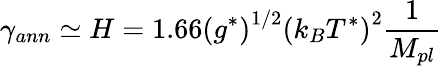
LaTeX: \gamma_{ann}\simeq H=1.66\left(g^{*}\right)^{1/2}\left(k_{B}T^{*}\right)^{2}\frac{1}{M_{pl}}